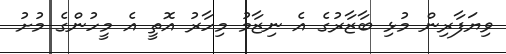
ވިޔަފާރިން މުޅި ބާޒާރުގެ އެ ނިޒާމު މިހާރު އޮތީ އެ މީހުންގެ މުށު